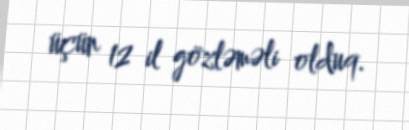
üçün 12 il gözləməli olduq.